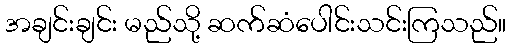
အချင်းချင်း မည်သို့ ဆက်ဆံပေါင်းသင်းကြသည်။